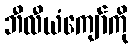
ဘီလီယံကျော်ကို